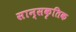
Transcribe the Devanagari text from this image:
सान्सकृतिक